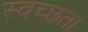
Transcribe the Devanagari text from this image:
स्वच्‍छता